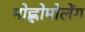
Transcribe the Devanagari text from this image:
मोह्लोमोलेंग